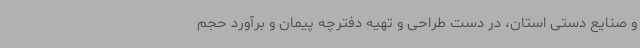
و صنایع دستی استان، در دست طراحی و تهیه دفترچه پیمان و برآورد حجم